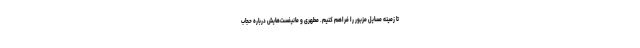
تا زمینه مسایل مزبور را فراهم کنیم. مطهری و مانیفست‌هایش درباره حجاب